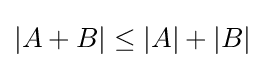
|A+B|\leq |A|+|B|